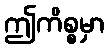
ဤကိစ္စမှာ